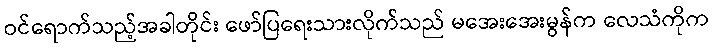
ဝင်ရောက်သည့်အခါတိုင်း ဖော်ပြရေးသားလိုက်သည် မအေးအေးမွန်က လေသံကိုက